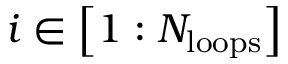
i \in \left[ 1 : N _ { \mathrm { l o o p s } } \right]